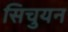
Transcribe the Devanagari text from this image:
सिचुयन